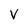
Character: V